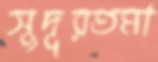
সুদূরতমা